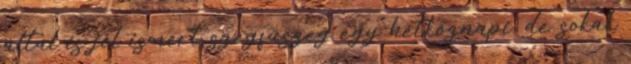
által is jól ismert szegfűszeg egy hétköznapi, de sokak